Korgessaare_vallavalitsus, lk 16
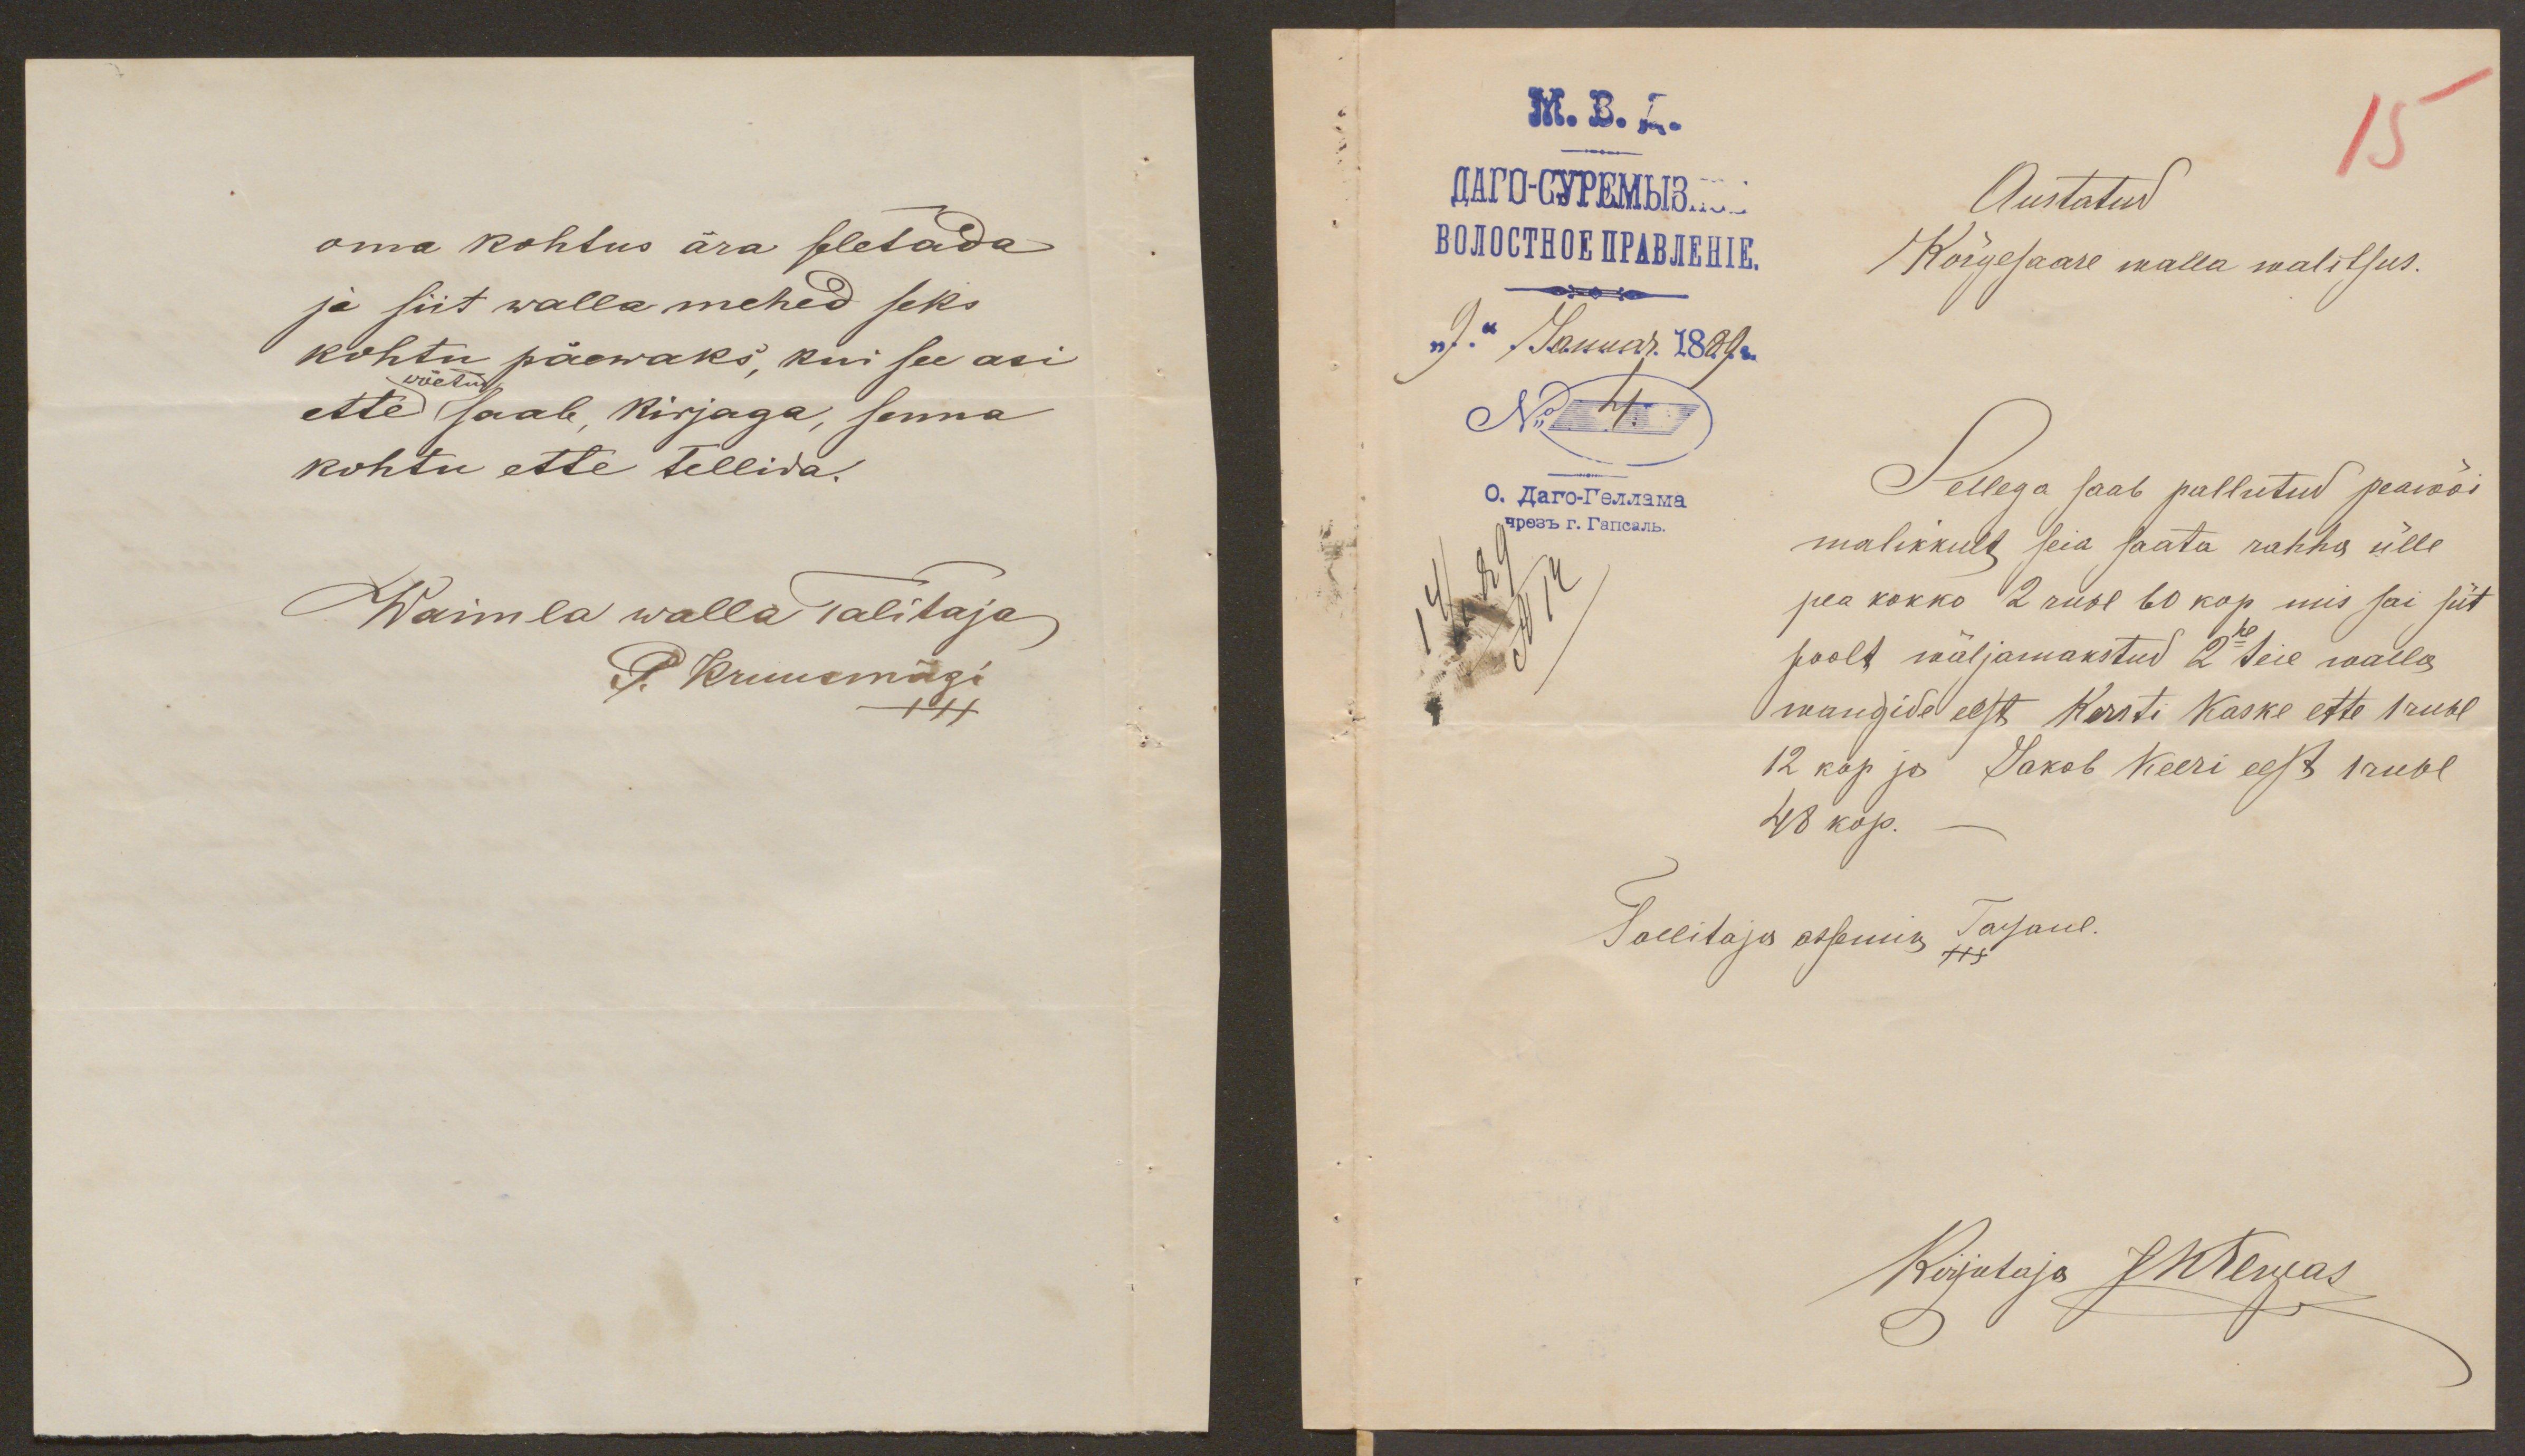
oma kohtus ära seletada
ja siit walla mehed seks
kohtu päewaks, kui see asi
ette saab, kirjaga, senna
kohtu ette tellida.
Waimla walla Talitaja
P. Kruusmägi

15
Austatud
Kõrgesaare walla walitsus.
Sellega saab pallutud peawõi
malikkult seia saata rahha ülle
pea kokko 2 rubl 60 kop mis sai siit
poolt wäljamakstud 2ne teie walla
wangide eest Kersti Kaske ette 1 rubl
12 kop ja Jakob Keeri eest 1 rubl
48 kop.
Tallitaja assemik Särjand.
Kirjutaja JMewas